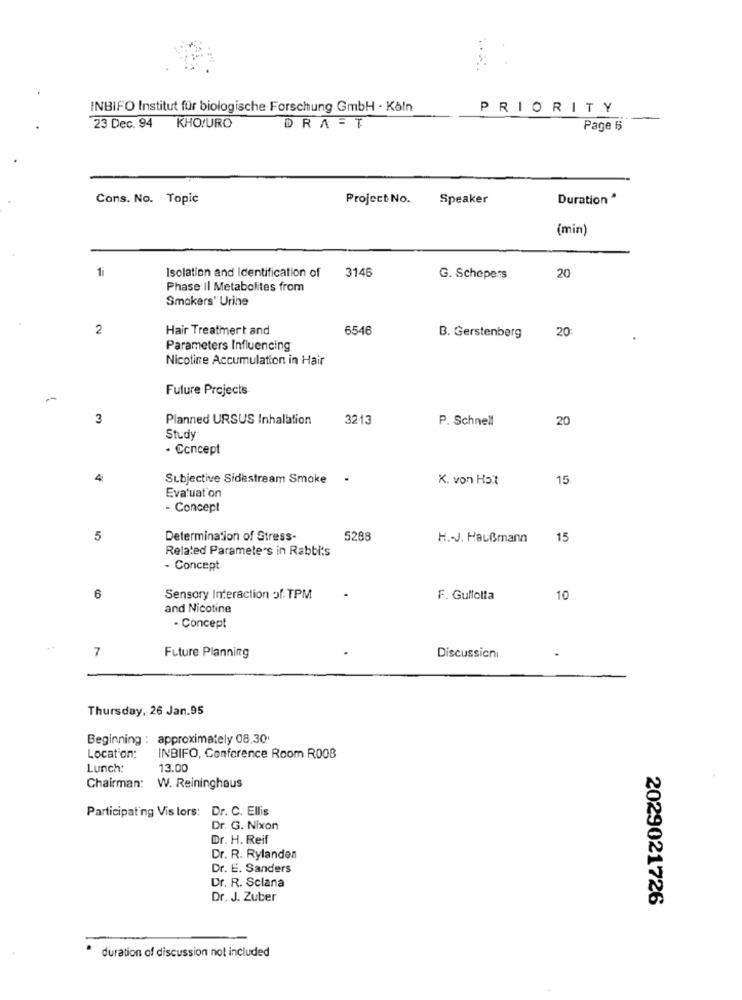
INBIFO Institut für biologische Forschung GmbH - Köln
PRIORITY
23 Dec. 94 KHO!URO
DRAFT
Page 6
Cons. No. Topic
Project No. Speaker
Duration *
(min)
1
Isolation and Identification of
3145
20
G. Schepers
Phase Il Metabolites from
Smokers' Urine
2
Hair Treatmert and
6546
20
B. Gerstenberg
Parameters Influencing
Nicotine Accumulation in Hair
Future Projects
3
Planned URSUS Inhalation
3213
P. Schnell
20
Study
- Concept
4
Subjective Sidestream Smoke
K. von Hait
15
Evaluation
- Concept
5
Determination of Stress-
5288
H .- J. Haußmann
15
Related Parameters in Rabbits
- Concept
6
Sensory Interaction of: TPM
F. Gullotta
10
and Nicotine
- Concept
7
Future Planning
Discussioni
Thursday, 26 Jan.95
Beginning : approximately 08.30'
Location:
INBIFO, Conference Room R008
Lunch:
13.00
Chairman: W. Reininghaus
Participating Vis lors: Dr. C. Ellis
Dr. G. Nixon
Dr. H. Reif
Dr. R. Rylanden
Dr. E. Sanders
Dr. R. Sclana
Dr. J. Zuber
2029021726
duration of discussion not included